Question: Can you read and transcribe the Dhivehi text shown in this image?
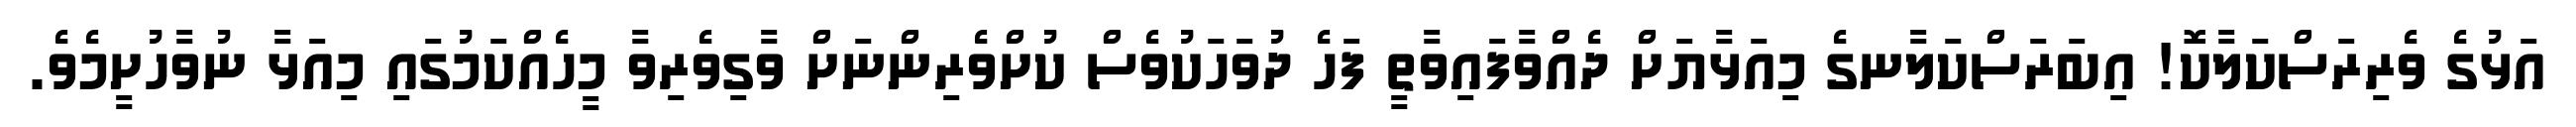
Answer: އަޅުގެ ވެރިރަސްކަލާކޮ! އިބަރަސްކަލާނގެ މިއަޅާޔަށް ދެއްވާފައިވާތީ ފަހެ ދުވަހަކުވެސް ކުށްވެރިންނަށް ވާގިވެރިވާ މީހެއްކަމުގައި މިއަޅާ ނުވާހުށީމެވެ.